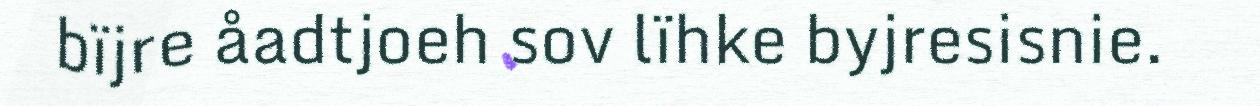
bïjre åadtjoeh sov lïhke byjresisnie.